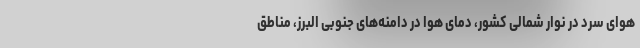
هوای سرد در نوار شمالی کشور، دمای هوا در دامنه‌های جنوبی البرز، مناطق